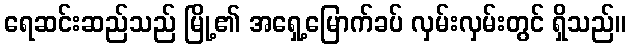
ရေဆင်းဆည်သည် မြို့၏ အရှေ့မြောက်ခပ် လှမ်းလှမ်းတွင် ရှိသည်။